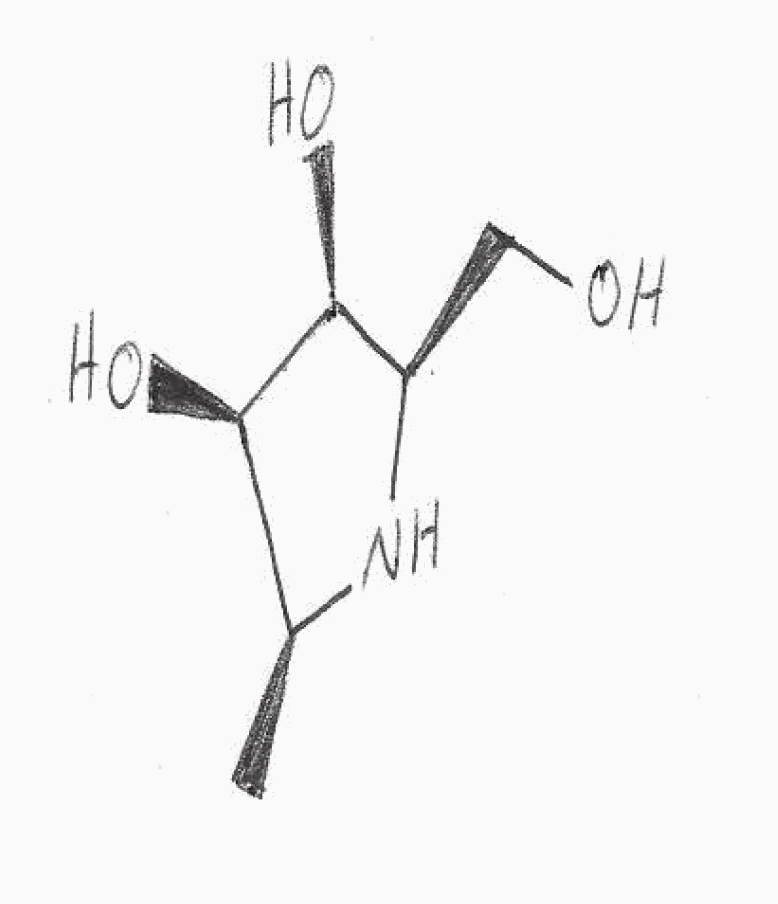
Simplified molecular-input line-entry system (SMILES) notation of the given molecule:
C[C@H]1[C@H]([C@H]([C@H](N1)CO)O)O